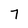
Character: 7